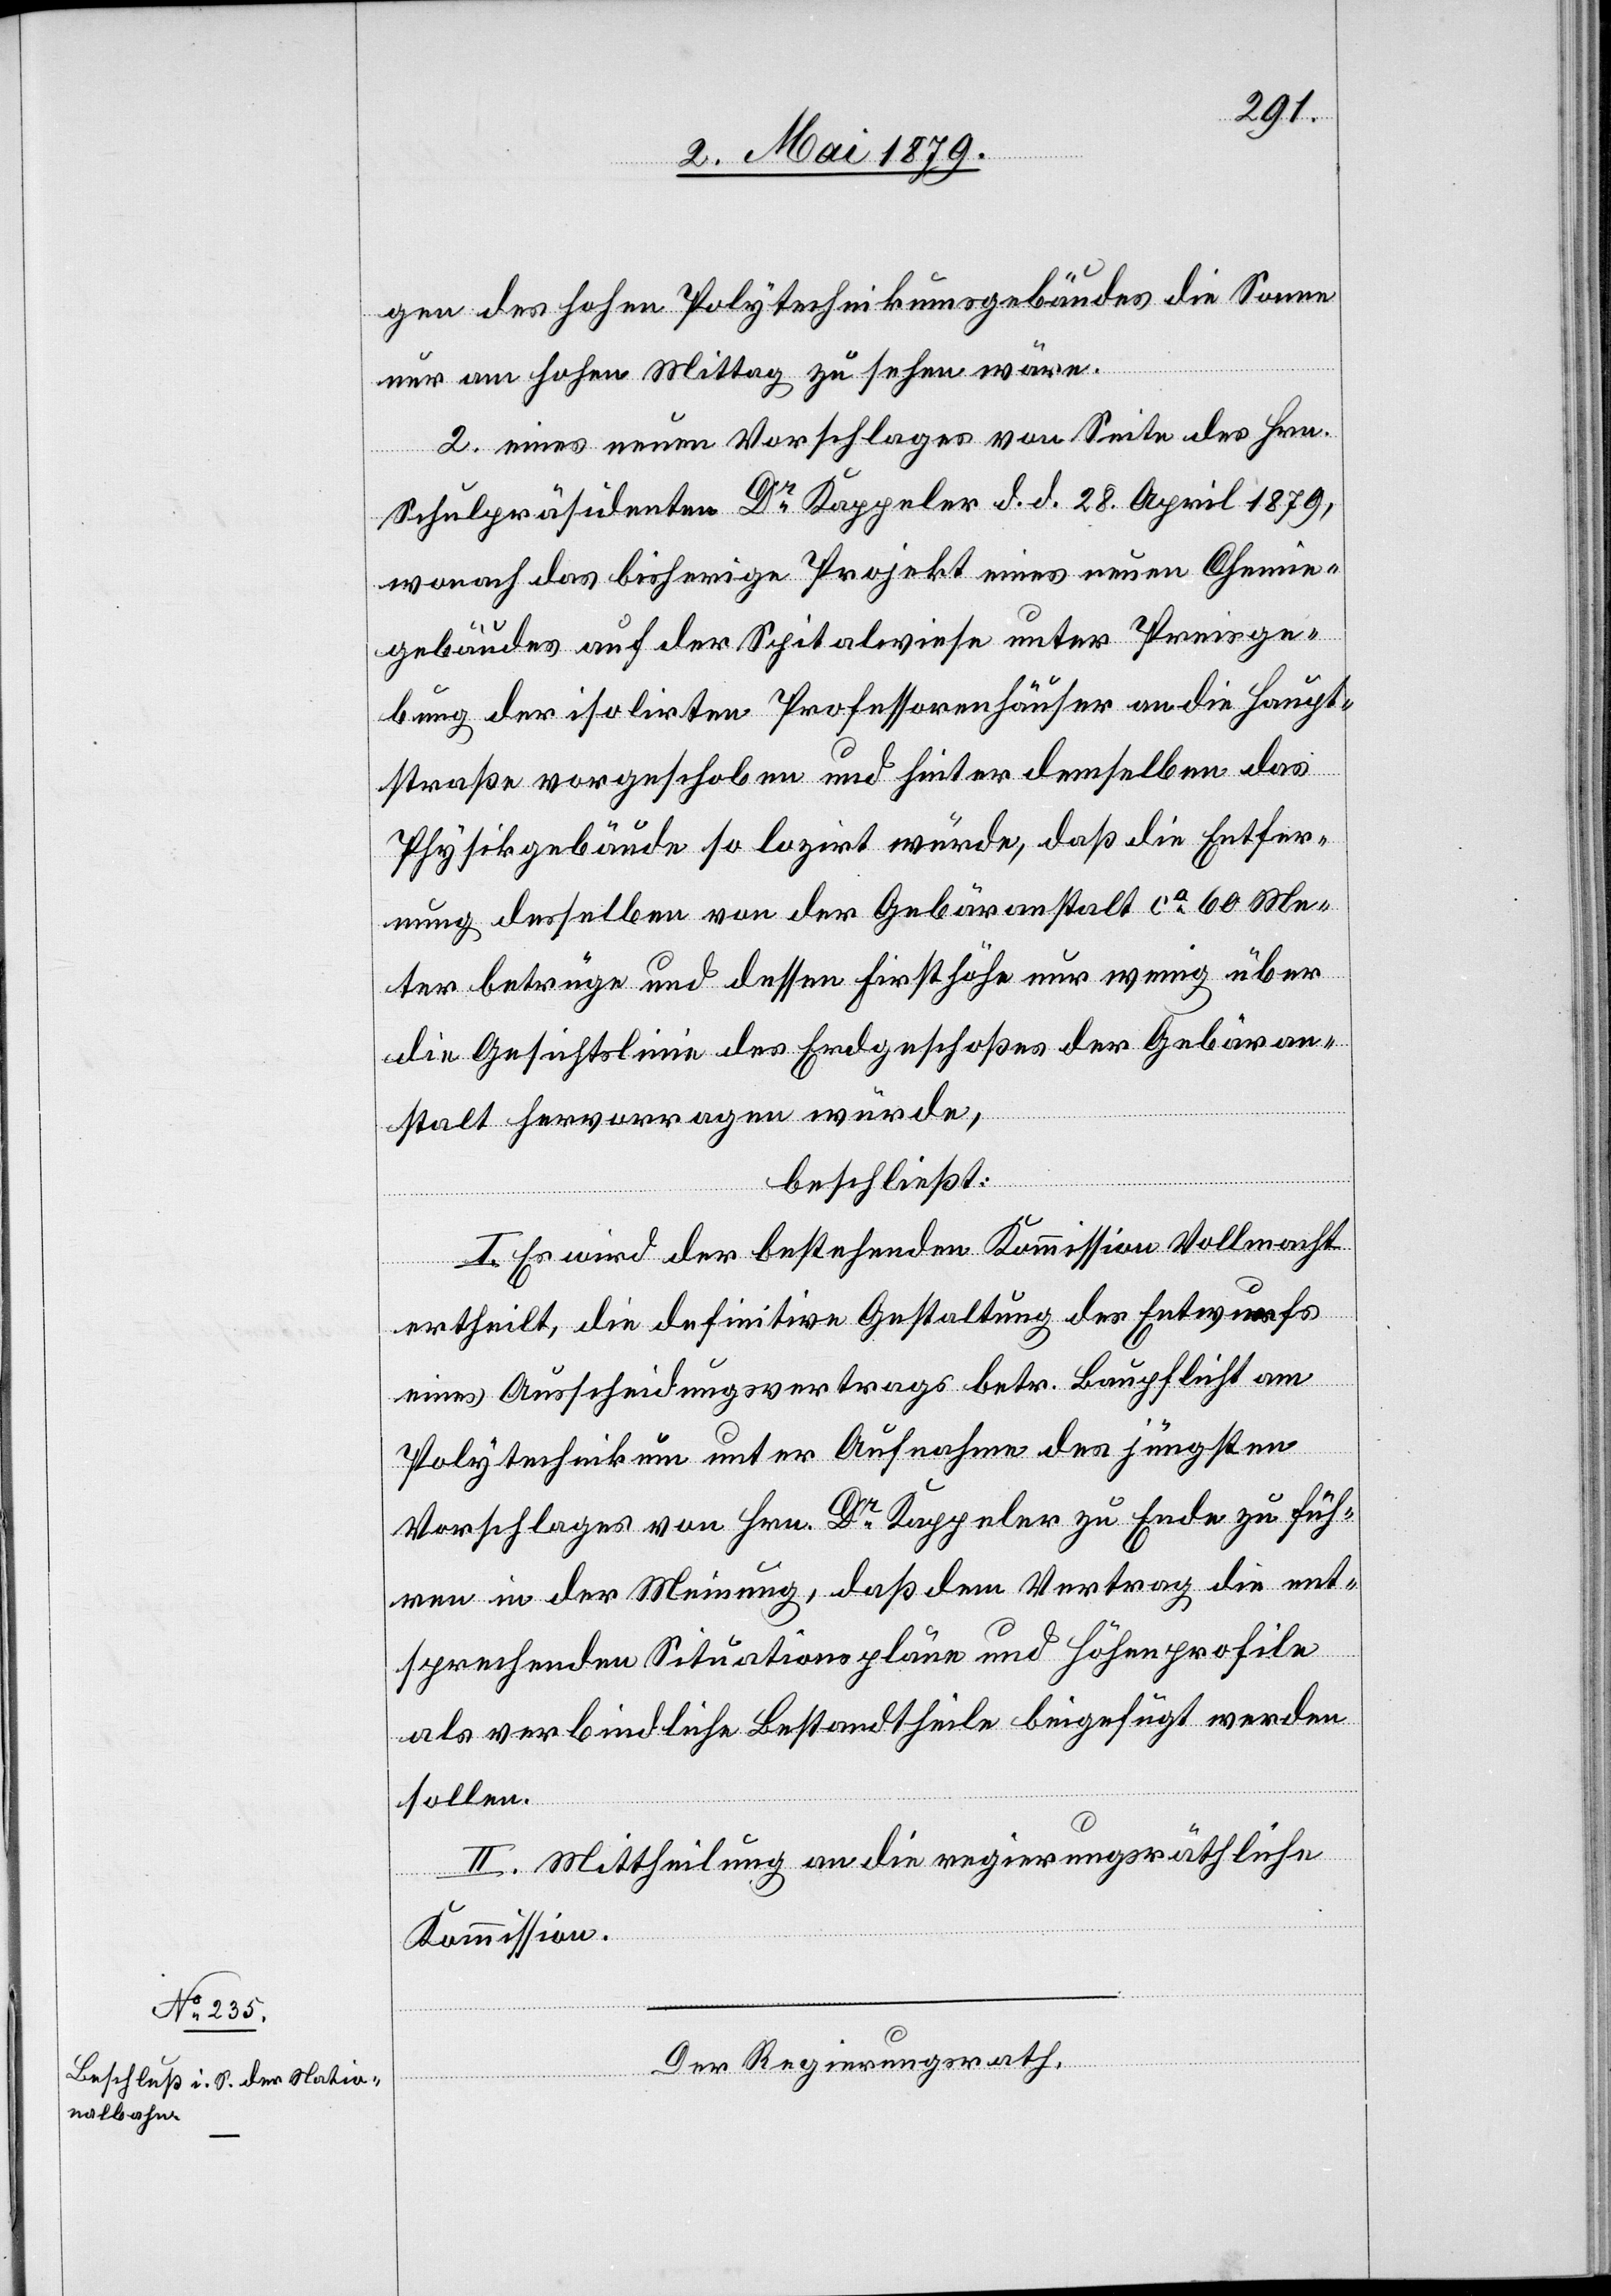
gen des hohen Polytechnikumsgebäudes die Sonne
nur am hohen Mittag zu sehen wäre.
2. eines neuen Vorschlages von Seite des Hrn.
Schulpräsidenten Dr Kappeler d. d. 28. April 1879,
wonach das bisherige Projekt eines neuen Chemie¬
gebäudes auf der Spitalwiese unter Preisge¬
bung der isolirten Professorenhäuser an die Haupt¬
straße vorgeschoben und hinter demselben das
Physikgebäude so lozirt würde, daß die Entfer¬
nung desselben von der Gebäranstalt ca 60 Me¬
ter betrüge und dessen Firsthöhe nur wenig über
die Gesichtslinie des Erdgeschoßes der Gebäran¬
stalt hervorragen würde,
beschließt:
I. Es wird der bestehenden Kommission Vollmacht
ertheilt, die definitive Gestaltung des Entwurfs
eines Ausscheidungsvertrags betr. Baupflicht am
Polytechnikum unter Aufnahme des jüngsten
Vorschlages von Hrn. Dr Kappeler zu Ende zu füh¬
ren in der Meinung, daß dem Vertrag die ent¬
sprechenden Situationspläne und Höhenprofile
als verbindliche Bestandtheile beigefügt werden
sollen.
II. Mittheilung an die regierungsräthliche
Kommission.
Der Regierungsrath,